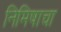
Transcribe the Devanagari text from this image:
निमिषाचा